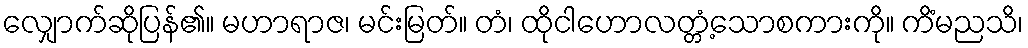
လျှောက်ဆိုပြန်၏။ မဟာရာဇ၊ မင်းမြတ်။ တံ၊ ထိုငါဟောလတ္တံ့သောစကားကို။ ကိံမညသိ၊